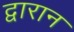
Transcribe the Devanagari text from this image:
द्वारान